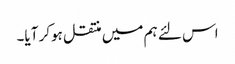
اس لئے ہم میں منتقل ہوکر آیا۔